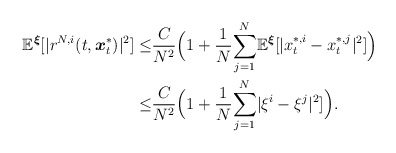
\begin{align*}\begin{aligned}\mathbb{E}^{\boldsymbol{\xi}}[|r^{N,i}(t,\boldsymbol{x}^*_t)|^2]\leq& \frac{C}{N^2}\Big(1+\frac{1}{N}\underset{j=1}{\overset{N}\sum}\mathbb{E}^{\boldsymbol{\xi}}[|x^{*,i}_t-x^{*,j}_t|^2]\Big)\\\leq & \frac{C}{N^2}\Big(1+\frac{1}{N}\underset{j=1}{\overset{N}\sum}|\xi^{i}-\xi^{j}|^2]\Big).\end{aligned}\end{align*}